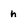
Character: n